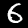
Digit: 6